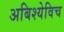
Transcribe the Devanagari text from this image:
अबिश्येविच